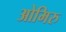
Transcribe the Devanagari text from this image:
ओमिरु